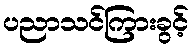
ပညာသင်ကြားခွင့်